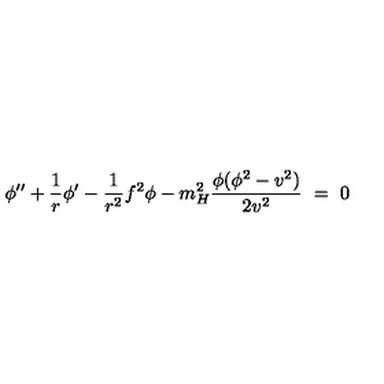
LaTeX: \phi ^ { \prime \prime } + \frac 1 r \phi ^ { \prime } - \frac 1 { r ^ { 2 } } f ^ { 2 } \phi - m _ { H } ^ { 2 } \frac { \phi ( \phi ^ { 2 } - v ^ { 2 } ) } { 2 v ^ { 2 } } \ = \ 0